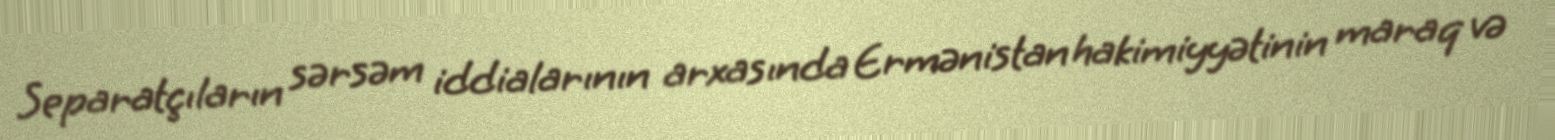
Separatçıların sərsəm iddialarının arxasında Ermənistan hakimiyyətinin maraq və